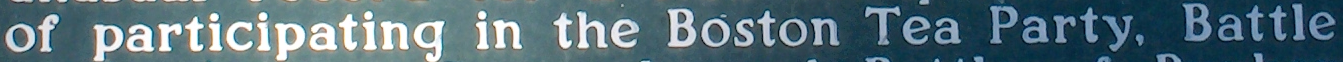
of participating in the Boston Tea Party. Battle